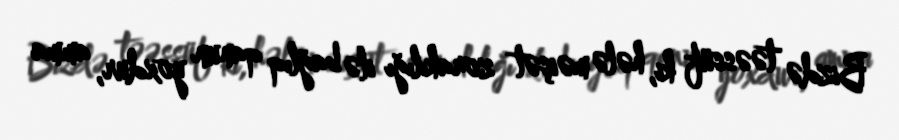
Bizdə təəssüf ki, hələ məişət zorakılığı ilə bağlıq qanun yoxdur, amma